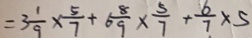
= 3 \frac { 1 } { 9 } \times \frac { 5 } { 7 } + 6 \frac { 8 } { 9 } \times \frac { 5 } { 7 } + \frac { 6 } { 7 } \times 5